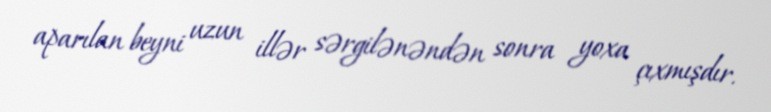
aparılan beyni uzun illər sərgilənəndən sonra yoxa çıxmışdır.